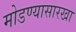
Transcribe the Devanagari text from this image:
मोडण्यासारखा